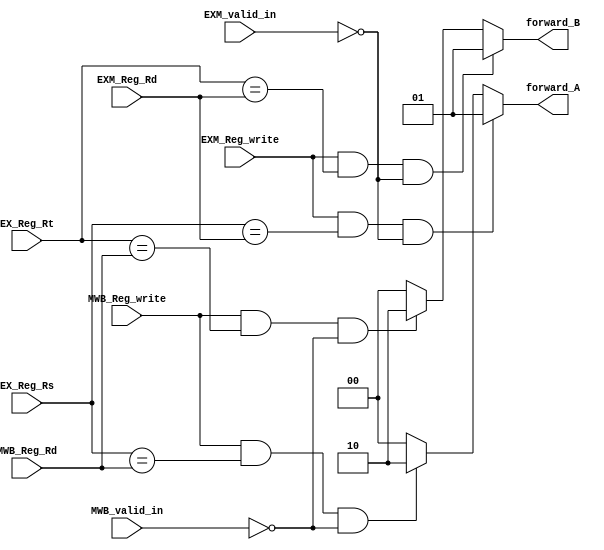
module forwarding(EXM_Reg_Rd,MWB_Reg_Rd,EX_Reg_Rs,EX_Reg_Rt,EXM_Reg_write,MWB_Reg_write,EXM_valid_in,MWB_valid_in,   forward_A,forward_B);
input [2:0] EXM_Reg_Rd,MWB_Reg_Rd,EX_Reg_Rs,EX_Reg_Rt;
input EXM_Reg_write,MWB_Reg_write;
input EXM_valid_in;
input MWB_valid_in;//
output reg [1:0] forward_A,forward_B;
always@(*)
begin      
 if ((EXM_Reg_write) && (EX_Reg_Rs==EXM_Reg_Rd) && ~EXM_valid_in)
 forward_A =2'b01;
 else if ((MWB_Reg_write) && (EX_Reg_Rs==MWB_Reg_Rd) && ~MWB_valid_in)
 forward_A =2'b10;
 else 
 forward_A = 2'b00;
end

always@(*)
begin
if ((EXM_Reg_write) && (EX_Reg_Rt==EXM_Reg_Rd) && ~EXM_valid_in )
 forward_B =2'b01;
 else if ((MWB_Reg_write) && (EX_Reg_Rt==MWB_Reg_Rd)  && ~MWB_valid_in)
 forward_B =2'b10;
 else 
 forward_B = 2'b00;
end

endmodule